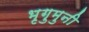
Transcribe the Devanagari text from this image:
भृगुमुनी